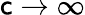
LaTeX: \mathsf{c}\to\infty